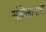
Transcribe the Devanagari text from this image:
संबिलानाचा